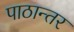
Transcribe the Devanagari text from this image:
पाठान्तर